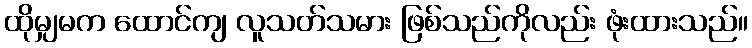
ထိုမျှမက ထောင်ကျ လူသတ်သမား ဖြစ်သည်ကိုလည်း ဖုံးထားသည်။